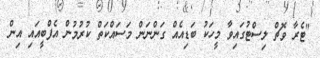
"ޓެރާ ވޮޗް ލިސްޓުގައިވާ މީހަކު ބަޑިއެއް ގަންނަން މަސައްކަތް ކުރުމުން އެފްބީއައި އިން